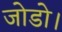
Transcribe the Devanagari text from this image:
जोडो।